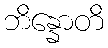
ဘိန္နောတိ